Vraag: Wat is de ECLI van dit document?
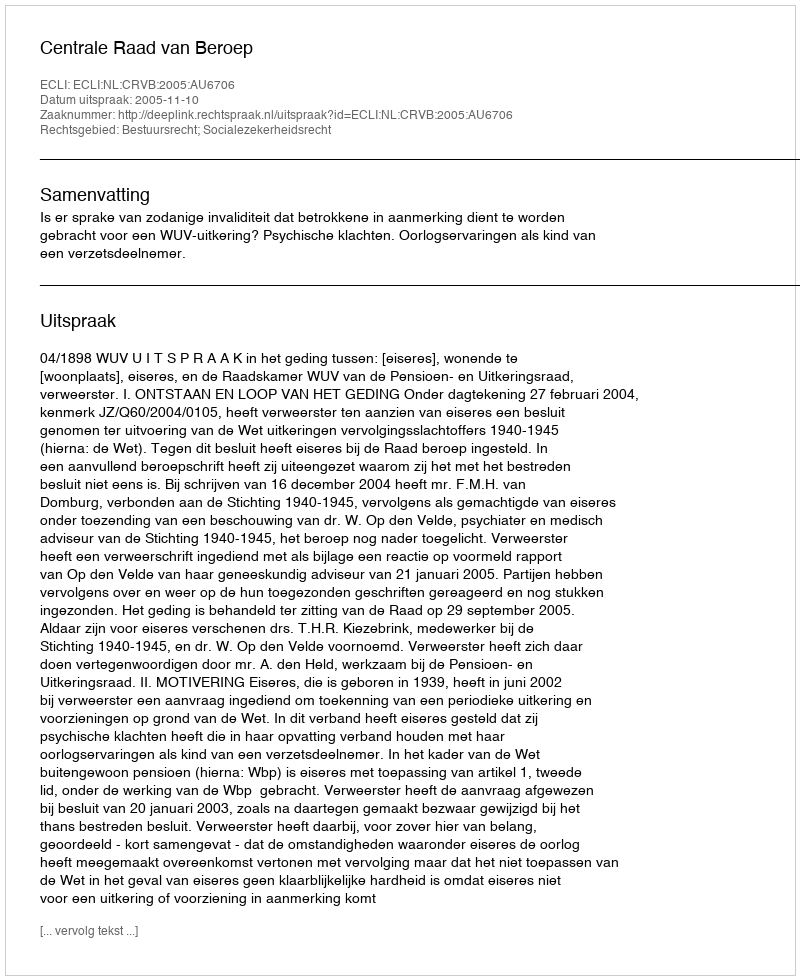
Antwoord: ECLI:NL:CRVB:2005:AU6706